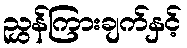
ညွှန်ကြားချက်နှင့်